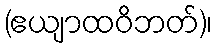
(ဧယျာထဝိဘတ်)၊